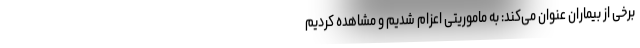
برخی از بیماران عنوان می‌کند: به ماموریتی اعزام شدیم و مشاهده کردیم